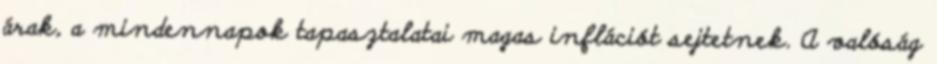
árak, a mindennapok tapasztalatai magas inflációt sejtetnek. A valóság